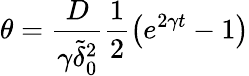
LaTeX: \theta=\frac{D}{\gamma{\tilde{\delta}}_{0}^{2}}\frac{1}{2}\left(e^{2\gamma t}-1\right)